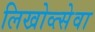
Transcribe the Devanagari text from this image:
लिखोव्त्सेवा